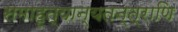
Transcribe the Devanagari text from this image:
समाहृत्यान्यतन्त्राणि